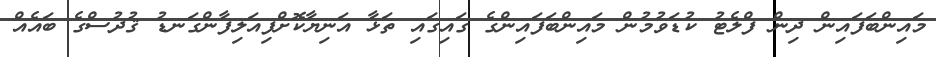
މައިންބަފައިން ދިން ފްލެޓު ކުޑަވުމުން މައިންބަފައިންގެ ގައިގައި ތަޅާ އަނިޔާކޮށްފިއަލިފާންގަނޑު ޤުދުސްގެ ބައެއް